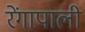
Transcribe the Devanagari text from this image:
रेंगापाली